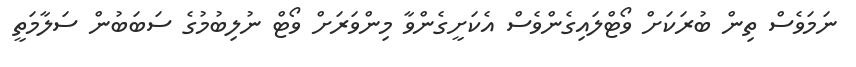
ނަމަވެސް ތިން ބުރަކަށް ވޯޓްލައިގެންވެސް އެކަށީގެންވާ މިންވަރަށް ވޯޓް ނުލިބުމުގެ ސަބަބުން ސަލާމަތީ